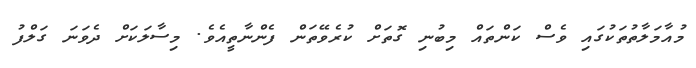
މުއާމަލާތުތަކުގައި ވެސް ކަންތައް މިބުނި ގޮތަށް ކުރެވޭތަން ފެންނާތީއެވެ. މިސާލަކަށް ދެވަނަ ގަލްފު